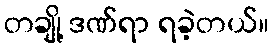
တချို့ ဒဏ်ရာ ရခဲ့တယ်။